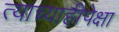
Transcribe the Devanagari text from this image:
त्याच्याहीपेक्षा